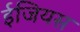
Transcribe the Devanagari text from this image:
ईजियस